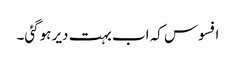
افسوس کہ اب بہت دیر ہوگئی۔